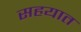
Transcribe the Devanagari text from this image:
सहयात